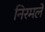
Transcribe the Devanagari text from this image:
निरमले